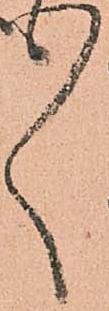
ゝ